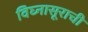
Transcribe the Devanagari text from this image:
विघ्‍नासूराची